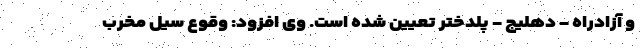
و آزادراه - دهلیج - پلدختر تعیین شده است. وی افزود: وقوع سیل مخرب